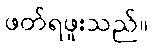
ဖတ်ရဖူးသည်။